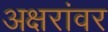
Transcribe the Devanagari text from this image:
अक्षरांवर